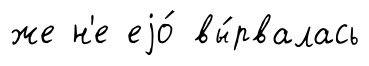
же н'е еjо́ вы́рвалась